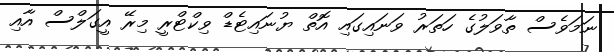
ނަމަވެސް ތާވަލުގެ ހަތަރު ވަނައިގައި އޮތް ޔުނައިޓެޑް ވިކްޓްރީ މިރޭ އީގަލްސް އާއި